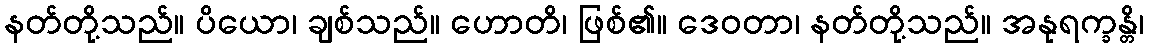
နတ်တို့သည်။ ပိယော၊ ချစ်သည်။ ဟောတိ၊ ဖြစ်၏။ ဒေဝတာ၊ နတ်တို့သည်။ အနုရက္ခန္တိ၊